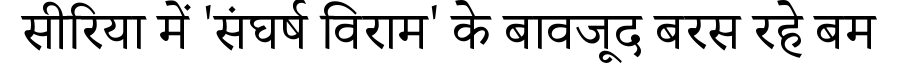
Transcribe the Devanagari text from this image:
सीरिया में 'संघर्ष विराम' के बावजूद बरस रहे बम